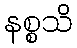
နစ္စသိ